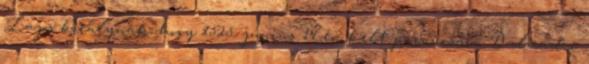
Lajos királynak, hogy 1525. június 14-én kelt parancsára Dalmad-i